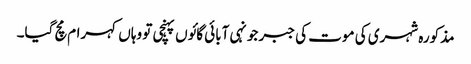
مذکورہ شہری کی موت کی جبر جونہی آبائی گائوں پہنچی تو وہاں کہرام مچ گیا۔